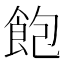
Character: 飽